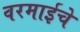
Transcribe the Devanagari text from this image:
वरमाईचे